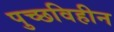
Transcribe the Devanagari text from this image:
पुच्छविहीन